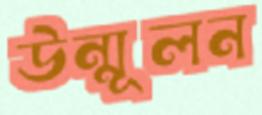
উন্মূলন